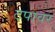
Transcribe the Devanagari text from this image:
टपावर